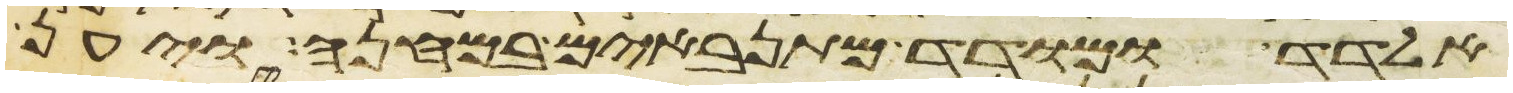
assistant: אלדד ומודד מתנאבים במחנה ויען